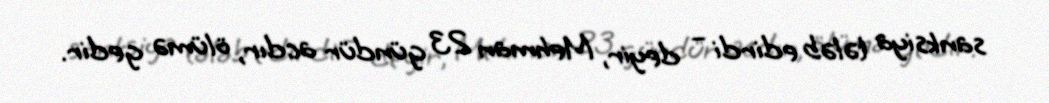
sanksiya tələb edirdi – deyir, Mehman 23 gündür acdır, ölümə gedir.